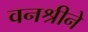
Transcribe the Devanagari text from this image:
वनश्रीने